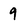
Character: 9